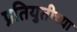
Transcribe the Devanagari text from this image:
प्रतियुतीच्या